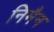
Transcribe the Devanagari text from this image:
निमैन